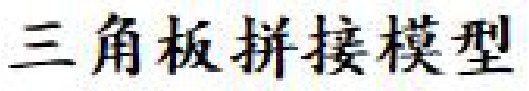
三角板拼接模型